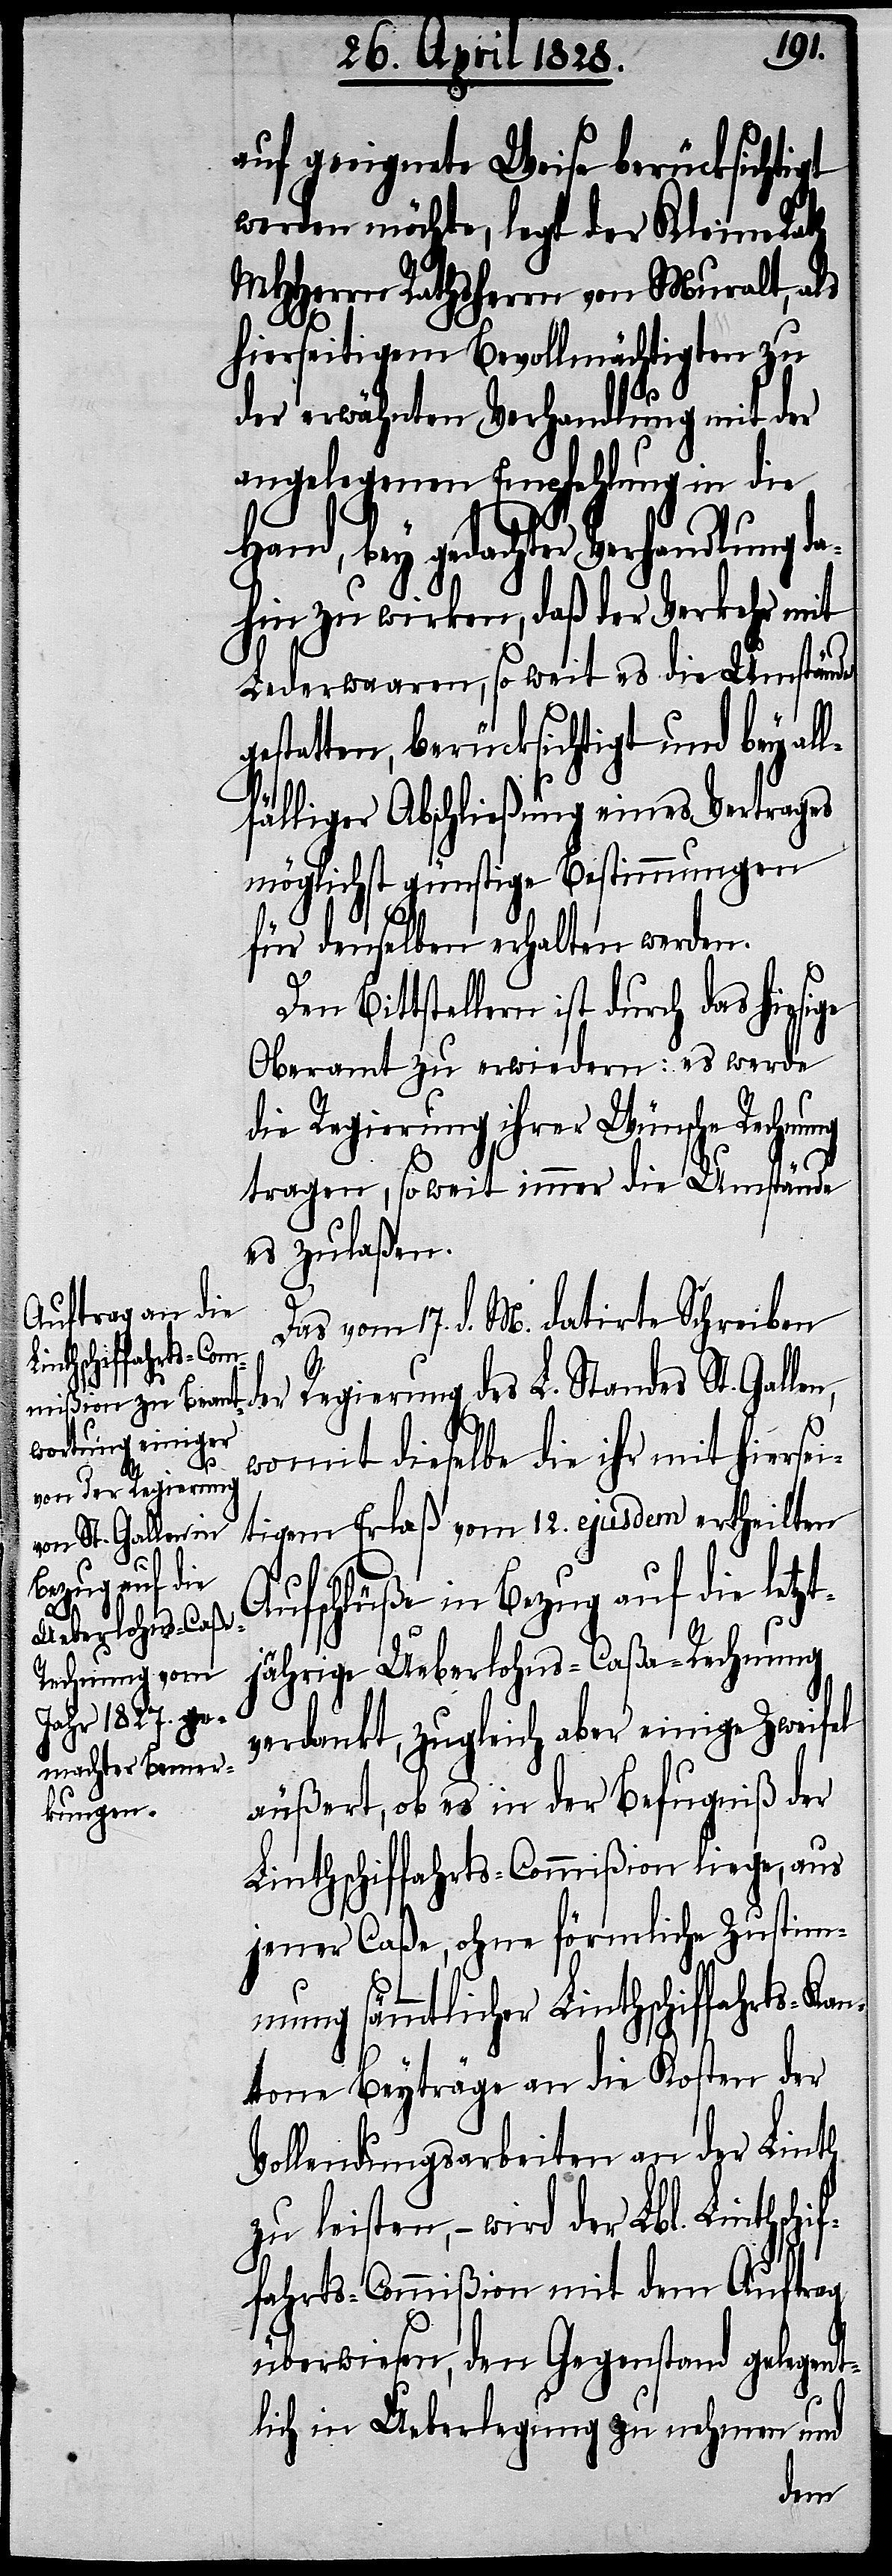
if¬
auf geeignete Weise berücksichtigt
werden möchte, legt der Kleine Rath
MHHerrn Rathsherrn von Muralt, als
hierseitigem Bevollmächtigten zu
der erwähnten Verhandlung mit der
angelegenen Empfehlung in die
Hand, bey gedachter Verhandlung da¬
hin zu wirken, daß der Verkehr mit
Lederwaaren, so weit es die Umstände
estatten, berücksichtigt und bey al¬
lfälliger Abschließung eines Vertrages
möglichst günstige Bestimmungen
für denselben erhalten werden.
Den Bittstellern ist durch das hiesige
Oberamt zu erwiedern: es werde
die Regierung ihrer Wünsche Rechnung
tragen, so weit immer die Umstände
es zulaßen.
Das vom 17. d. M. datirte Schreiben
Regierung des L. Standes St. Gallen,
g¬
womit dieselbe die ihr mit hiersei¬
tigem Erlaß vom 12. ejusdem ertheilten
Aufschlüße in Bezug auf die letzt¬
jährige Ueberlohns-Caßa-Rechnung
verdankt, zugleich aber einige Zweifel
äußert, ob es in der Befugniß der
Linthschiffahrts-Commißion liege, aus
jener Caßa, ohne förmliche Zustim¬
mung sämmtlicher Linthschiffahrts-Ka¬
ntone Beyträge an die Kosten der
Vollendungsarbeiten an der Linth
zu leisten, – wird der Lbl. Linthsch¬
fahrts-Commißion mit dem Auftrag
überwiesen, den Gegenstand gelegent¬
lich in Ueberlegung zu nehmen und
der